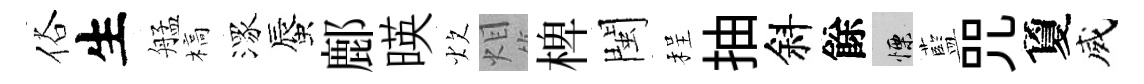
俗生艋槁潈蜃鄜暎炊𤇆椑閩程抽斜餘慄藍咒夐威